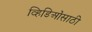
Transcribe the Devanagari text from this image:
व्हिडिओंसाठी